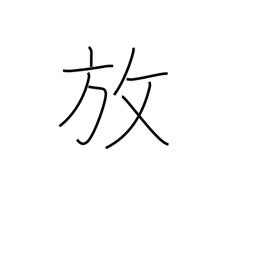
Meaning: release